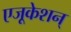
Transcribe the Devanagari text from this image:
एजूकेशन्